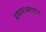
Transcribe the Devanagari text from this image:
मध्यपराश्मयुगीन